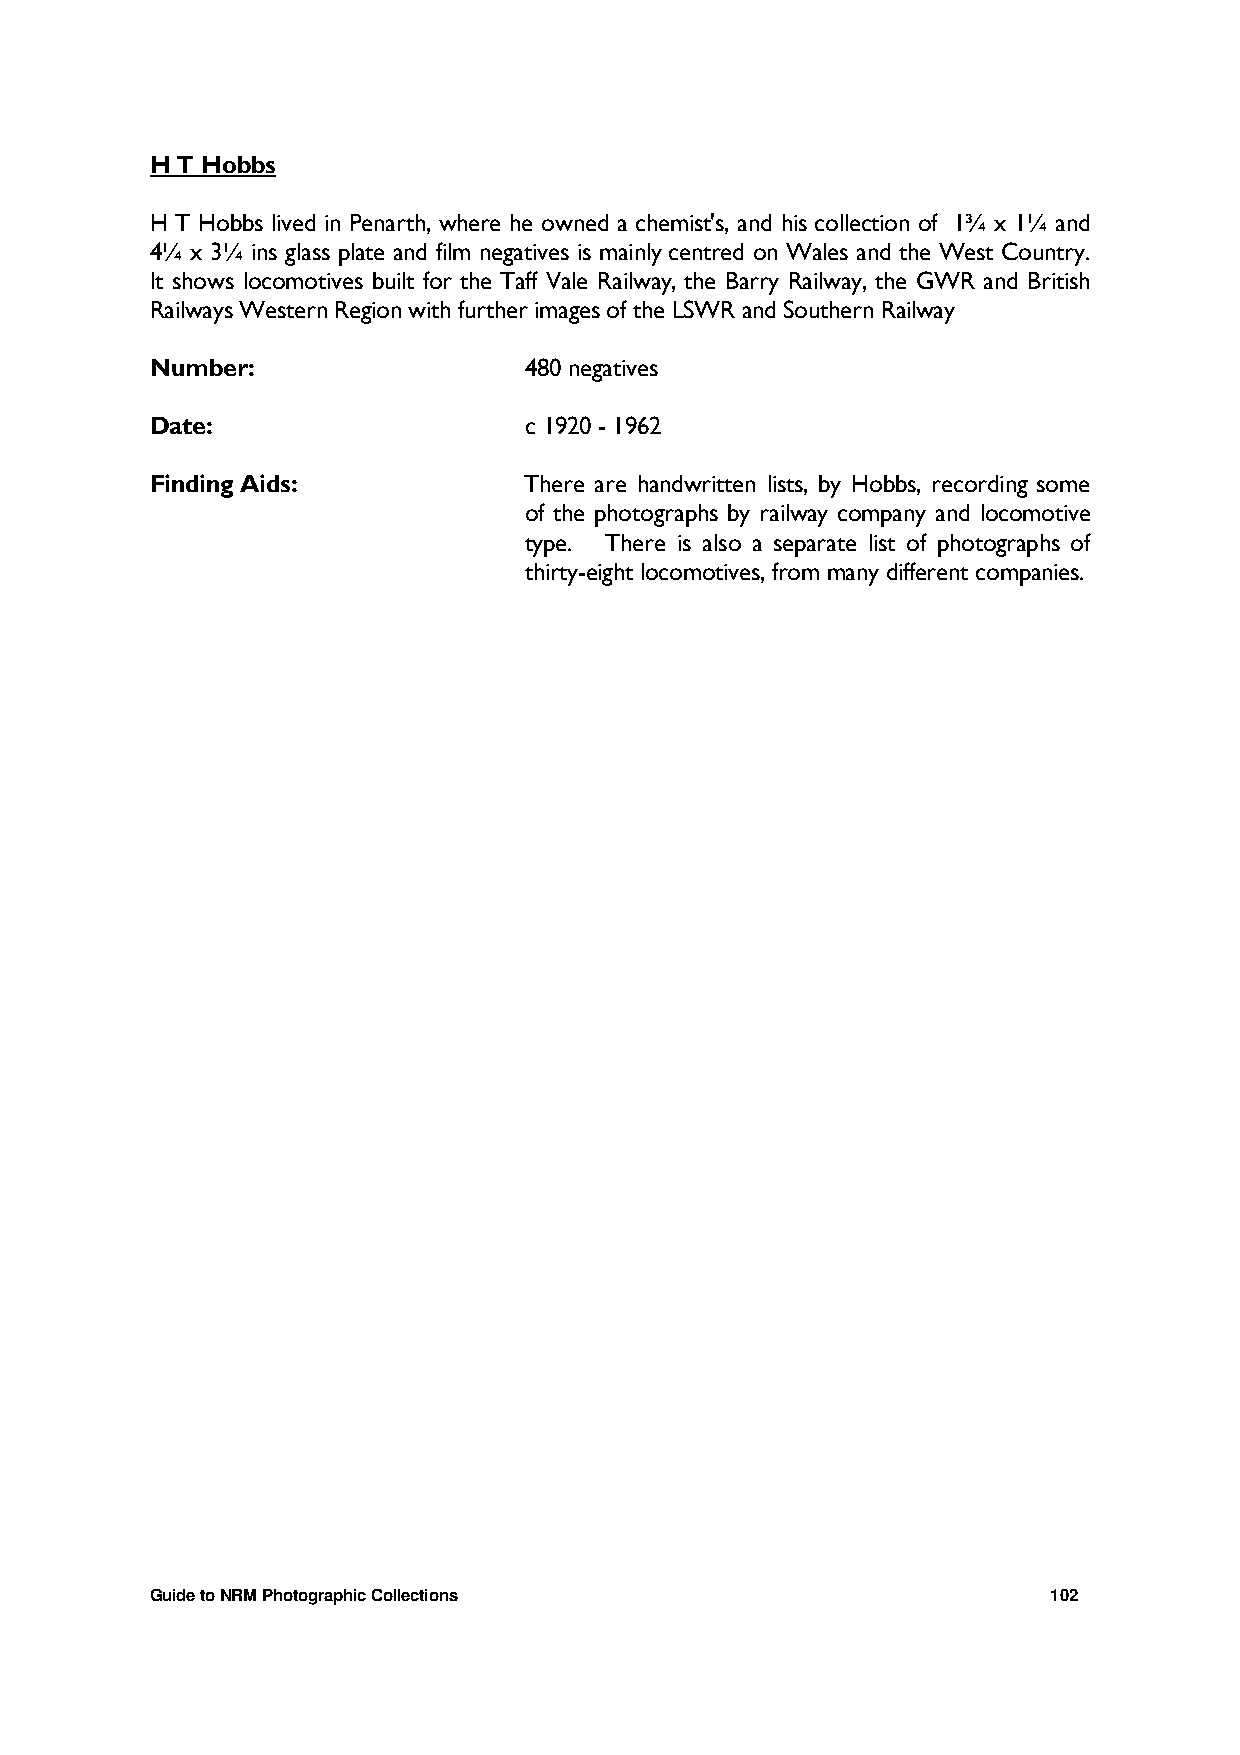
H T Hobbs
 H T Hobbs lived in Penarth, where he owned a chemist's, and his collection of 1¾ x 1¼ and
 4¼ x 3¼ ins glass plate and film negatives is mainly centred on Wales and the West Country.
 It shows locomotives built for the Taff Vale Railway, the Barry Railway, the GWR and British
 Railways Western Region with further images of the LSWR and Southern Railway
 Number:                  480 negatives
 Date:                    c 1920 - 1962
 Finding Aids:            There are handwritten lists, by Hobbs, recording some
 of the photographs by railway company and locomotive
 type. There is also a separate list of photographs of
 thirty-eight locomotives, from many different companies.
 Guide to NRM Photographic Collections                       102